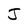
Character: J